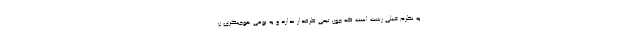
به نظرم خیلی زشت است که چون تیمی طرفدار ندارد و به نوعی هوچیگری ن